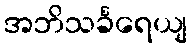
အဘိသင်္ခရေယျ